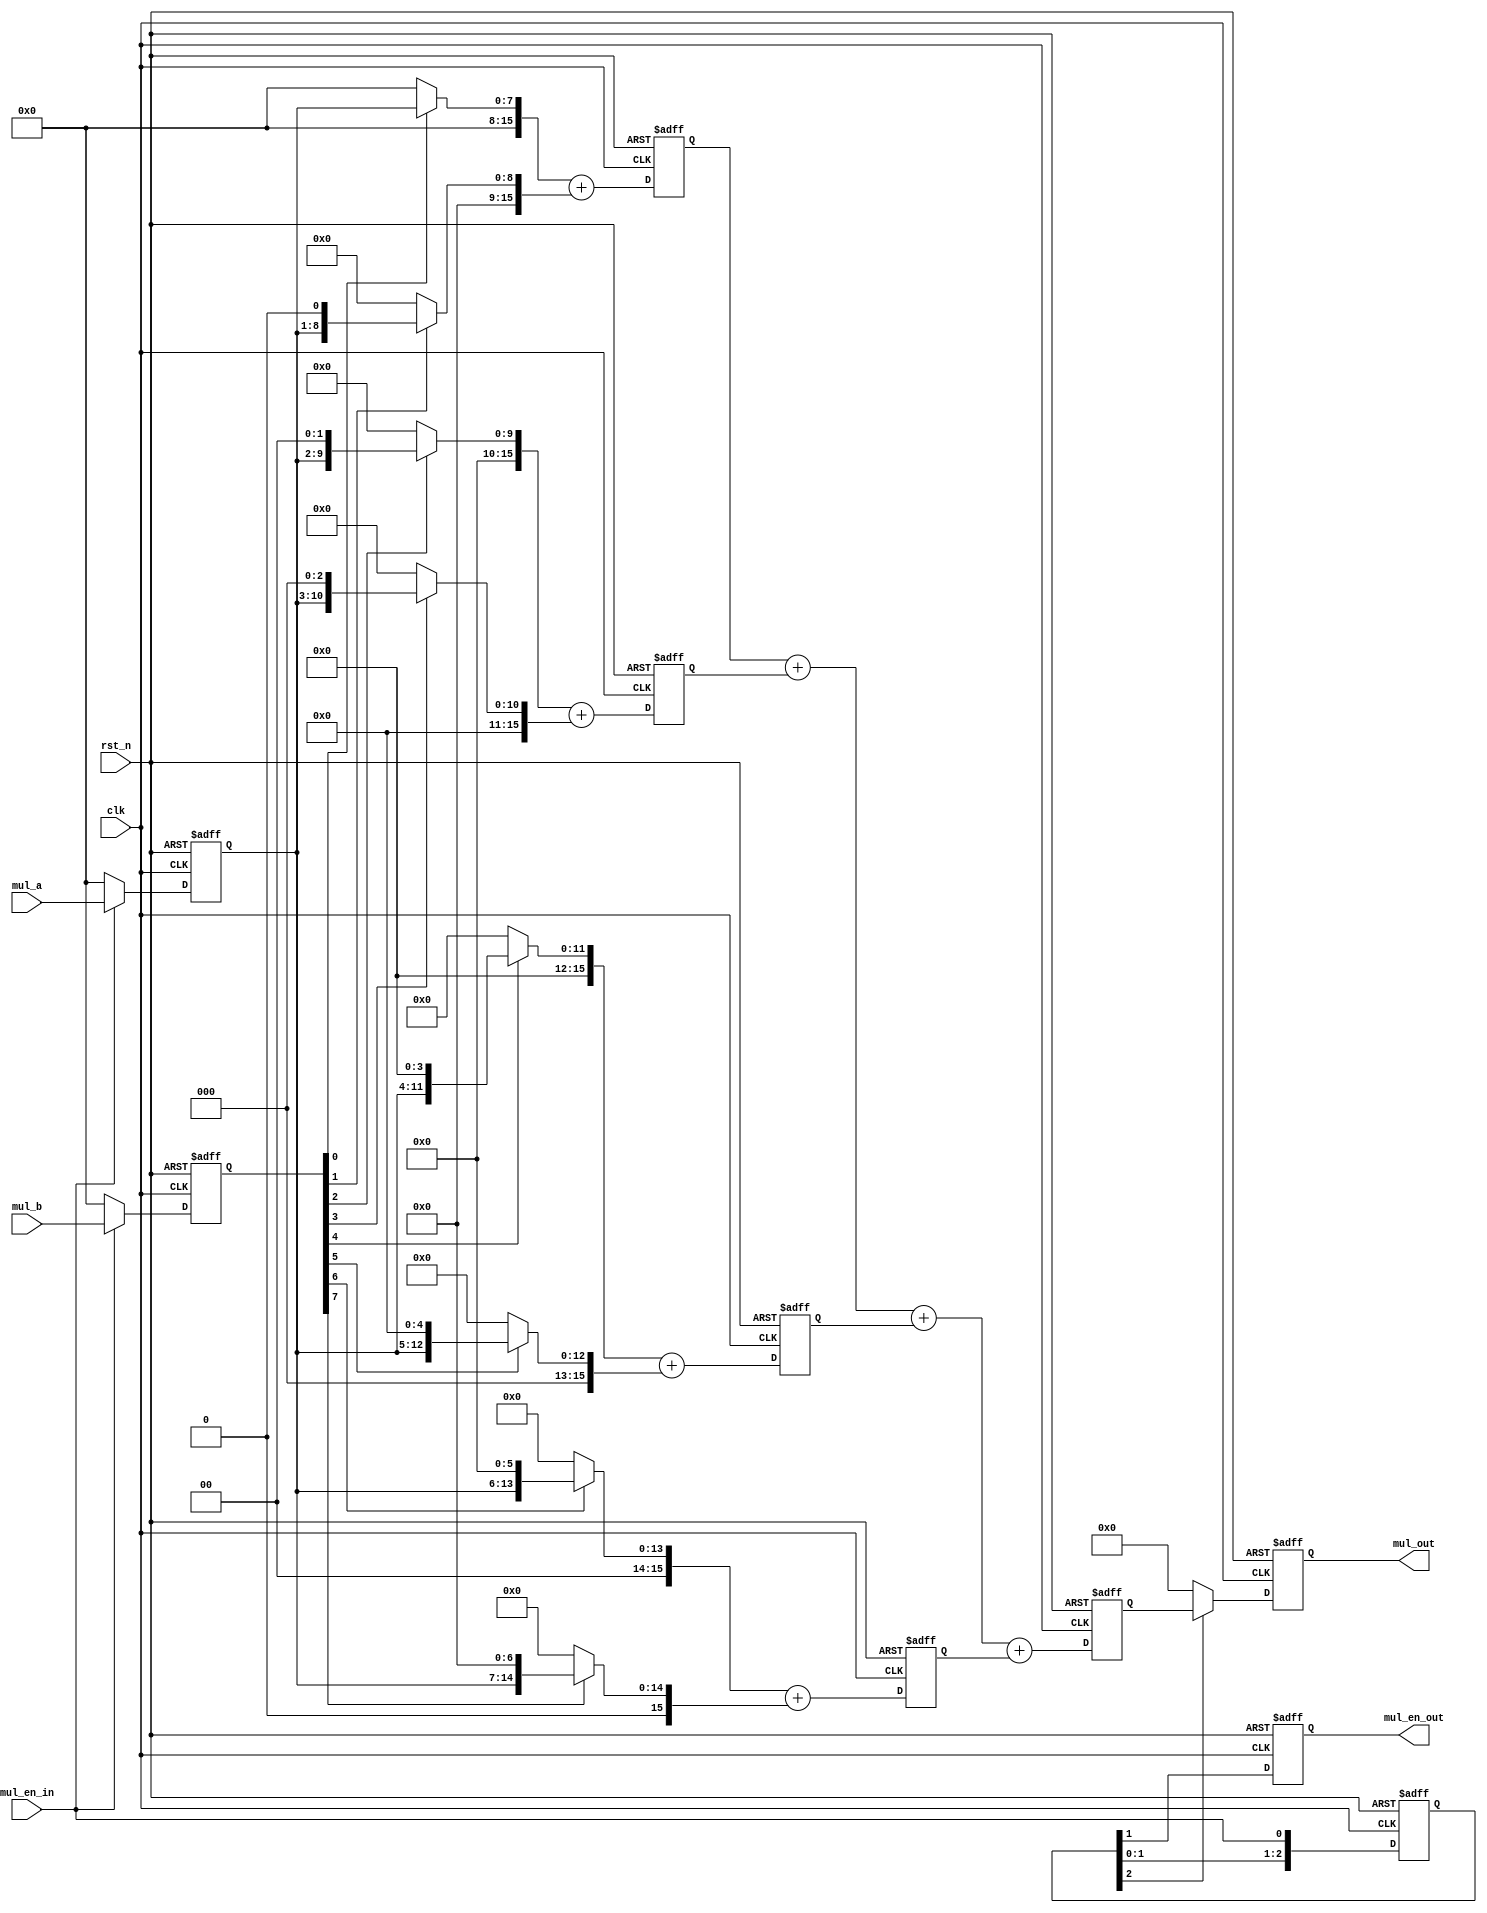
module multi_pipe_8bit#(
    parameter size = 8
)(
          clk,      
          rst_n,       
          mul_a,       
          mul_b, 
          mul_en_in,
 
          mul_en_out,      
          mul_out    
);
 
   input clk;           
   input rst_n; 
   input mul_en_in;      
   input [size-1:0] mul_a;       
   input [size-1:0] mul_b;       
 
   output reg mul_en_out;  
   output reg [size*2-1:0] mul_out;    
 
            
   reg [2:0] mul_en_out_reg;
 always@(posedge clk or negedge rst_n)
       if(!rst_n)begin
            mul_en_out_reg = 'd0;             
            mul_en_out     = 'd0;                           
       end
       else begin
            mul_en_out_reg = {mul_en_out_reg[1:0],mul_en_in};            
            mul_en_out     = mul_en_out_reg[2];                  
       end
 
 
    reg [7:0] mul_a_reg;
    reg [7:0] mul_b_reg;
  always @(posedge clk or negedge rst_n)
         if(!rst_n) begin
              mul_a_reg = 'd0;
              mul_b_reg = 'd0;
         end
         else begin
              mul_a_reg = mul_en_in ? mul_a :'d0;
              mul_b_reg = mul_en_in ? mul_b :'d0;
         end
 
  
     wire [15:0] temp [size-1:0];
  assign temp[0] = mul_b_reg[0]? {8'b0,mul_a_reg} : 'd0;
  assign temp[1] = mul_b_reg[1]? {7'b0,mul_a_reg,1'b0} : 'd0;
  assign temp[2] = mul_b_reg[2]? {6'b0,mul_a_reg,2'b0} : 'd0;
  assign temp[3] = mul_b_reg[3]? {5'b0,mul_a_reg,3'b0} : 'd0;
  assign temp[4] = mul_b_reg[4]? {4'b0,mul_a_reg,4'b0} : 'd0;
  assign temp[5] = mul_b_reg[5]? {3'b0,mul_a_reg,5'b0} : 'd0;
  assign temp[6] = mul_b_reg[6]? {2'b0,mul_a_reg,6'b0} : 'd0;
  assign temp[7] = mul_b_reg[7]? {1'b0,mul_a_reg,7'b0} : 'd0; 
 
 
     reg [15:0] sum [3:0];//[size/2-1:1]
 always @(posedge clk or negedge rst_n) 
       if(!rst_n) begin
          sum[0]  = 'd0;
          sum[1]  = 'd0;
          sum[2]  = 'd0;
          sum[3]  = 'd0;
       end 
       else begin
          sum[0] = temp[0] + temp[1];
          sum[1] = temp[2] + temp[3];
          sum[2] = temp[4] + temp[5];
          sum[3] = temp[6] + temp[7];
       end
 
     reg [15:0] mul_out_reg;
 always @(posedge clk or negedge rst_n) 
       if(!rst_n)
          mul_out_reg = 'd0;
       else 
          mul_out_reg = sum[0] + sum[1] + sum[2] + sum[3];
 
 
 always @(posedge clk or negedge rst_n) 
       if(!rst_n)
          mul_out = 'd0;
       else if(mul_en_out_reg[2])
          mul_out = mul_out_reg;
       else
          mul_out = 'd0;
 
          
endmodule